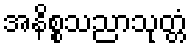
အနိစ္စသညာသုတ္တံ